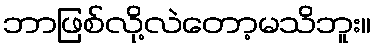
ဘာဖြစ်လို့လဲတော့မသိဘူး။